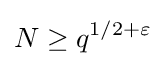
N\geq q^{1/2+\varepsilon }